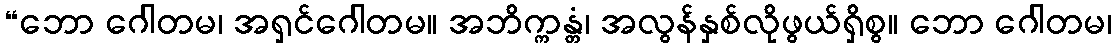
“ဘော ဂေါတမ၊ အရှင်ဂေါတမ။ အဘိက္ကန္တံ၊ အလွန်နှစ်လိုဖွယ်ရှိစွ။ ဘော ဂေါတမ၊